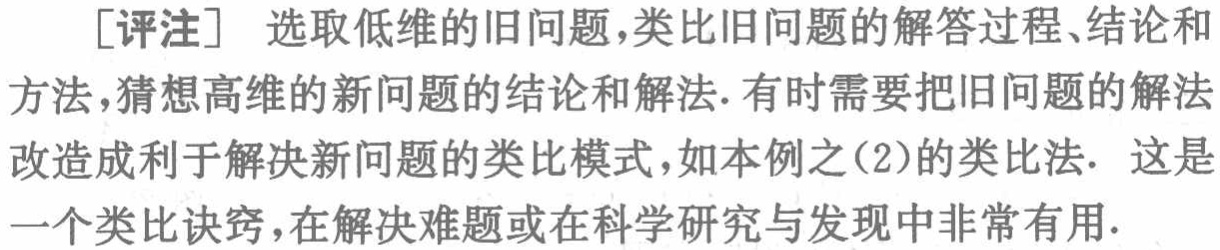
[评注] 选取低维的旧问题,类比旧问题的解答过程、结论和方法,猜想高维的新问题的结论和解法. 有时需要把旧问题的解法改造成利于解决新问题的类比模式,如本例之(2)的类比法. 这是一个类比诀窍,在解决难题或在科学研究与发现中非常有用.